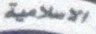
الاسلامیة